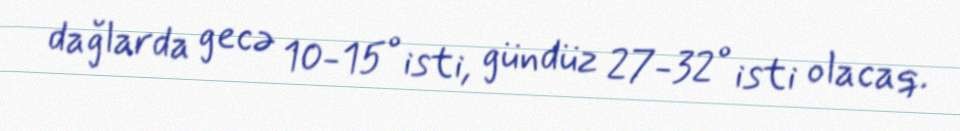
dağlarda gecə 10-15° isti, gündüz 27-32° isti olacaq.